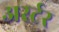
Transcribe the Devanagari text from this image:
अर्स्टर